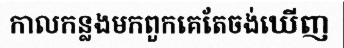
កាលកន្លងមកពួកគេតែចង់ឃើញ